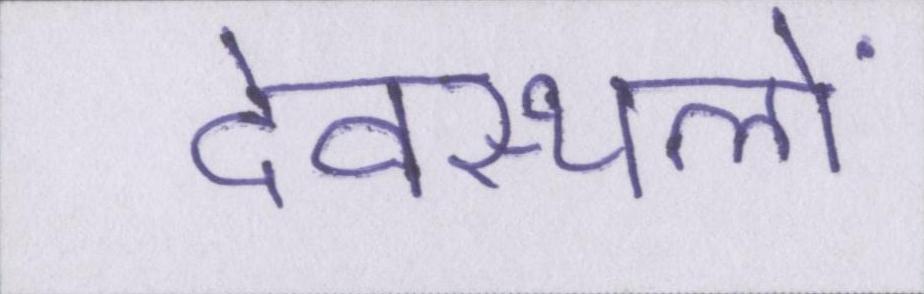
देवस्थलों